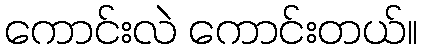
ကောင်းလဲ ကောင်းတယ်။